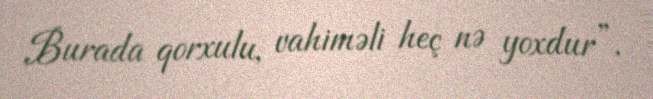
Burada qorxulu, vahiməli heç nə yoxdur”.